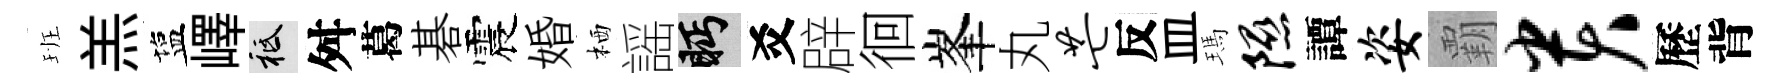
班羔塩嶧祇舛葛碁震婚栖謡眄爻辟徊峯丸芒反皿瑪隰譚姿覇贵歷背